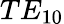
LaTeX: TE_{10}